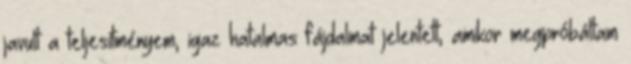
javult a teljesítményem, igaz hatalmas fájdalmat jelentett, amikor megpróbáltam